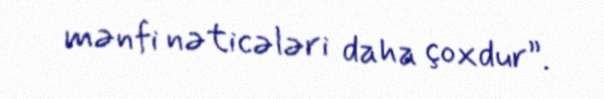
mənfi nəticələri daha çoxdur”.